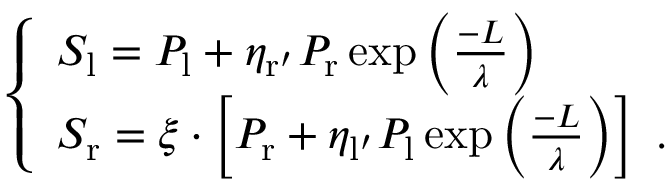
\left\{ \begin{array} { l l } { S _ { \mathrm { l } } = P _ { \mathrm { l } } + \eta _ { \mathrm { r ^ { \prime } } } P _ { \mathrm { r } } \exp \left( \frac { - L } { \lambda } \right) } \\ { S _ { \mathrm { r } } = \xi \cdot \left[ P _ { \mathrm { r } } + \eta _ { \mathrm { l ^ { \prime } } } P _ { \mathrm { l } } \exp \left( \frac { - L } { \lambda } \right) \right] \ . } \end{array} \right.